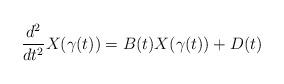
LaTeX: \begin{align*}\frac{d^2}{dt^2} X(\gamma(t)) = B(t) X(\gamma(t)) + D(t)\end{align*}